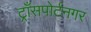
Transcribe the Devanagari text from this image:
ट्राँसपोर्टनगर